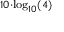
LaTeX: \scriptstyle 1 0 \cdot \log _ { 1 0 } ( 4 )